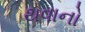
થવાનો